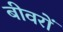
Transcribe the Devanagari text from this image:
बीवरों